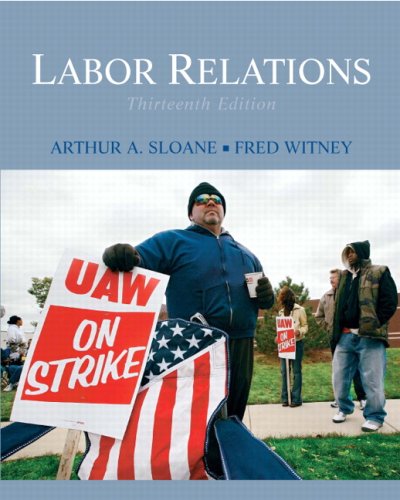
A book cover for Labor Relations (13th Edition); Arthur A Sloane; Business & Money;